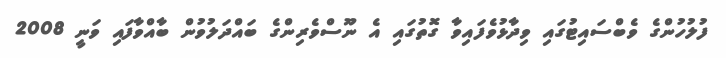
ފުލުހުންގެ ވެބްސައިޓުގައި ވިދާޅުވެފައިވާ ގޮތުގައި އެ ނޫސްވެރިންގެ ބައްދަލުވުން ބާއްވާފައި ވަނީ 2008